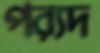
পর্যদ